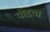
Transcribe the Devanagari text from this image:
पोटचा